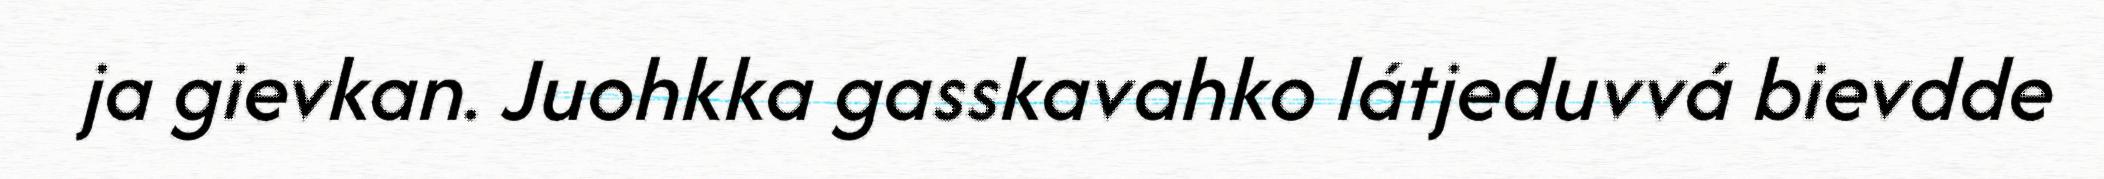
ja gievkan. Juohkka gasskavahko látjeduvvá bievdde